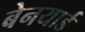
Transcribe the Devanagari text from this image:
बेनयार्ड